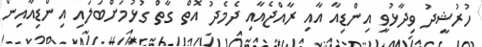
ހުރުޝީދު ވިދާޅުވީ އިންޑިއާ އާއި ރާއްޖެއާއި ދެމެދު އޮތް ގާތް ގުޅުމަށްބަލައި އިންޑިއާއިން